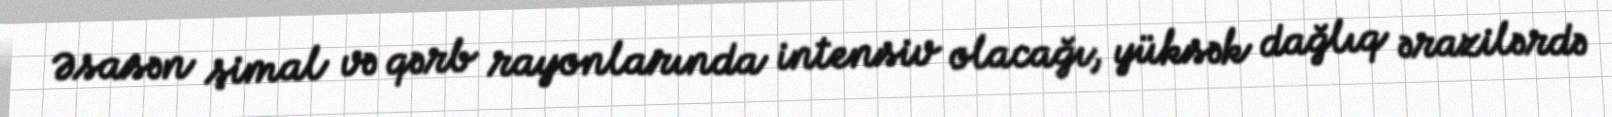
Əsasən şimal və qərb rayonlarında intensiv olacağı, yüksək dağlıq ərazilərdə